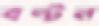
বন্টন